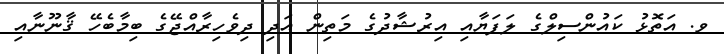
ވ. އަތޮޅު ކައުންސިލްގެ ލަފަޔާއި އިރުޝާދުގެ މަތިން އަދި ދިވެހިރާއްޖޭގެ ބިމާބެހޭ ޤާނޫނާއި